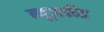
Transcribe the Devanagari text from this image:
न्यूज़फीड